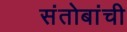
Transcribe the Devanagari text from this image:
संतोबांची